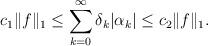
LaTeX: \begin{align*}c_1 \Vert f \Vert_1 \leq \sum_{k=0}^{\infty} \delta_k |\alpha_k| \leq c_2 \Vert f \Vert_1. \end{align*}